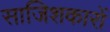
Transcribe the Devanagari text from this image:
साजिशकारों